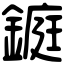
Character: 𨫆